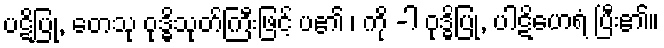
ပဋိပြု, တေသု ဝုဒ္ဓိသုတ်ကြီးဖြင့် ပ၏ ၊ ကို -ါ ဝုဒ္ဓိပြု, ပါဋိဟေရံ ပြီး၏။